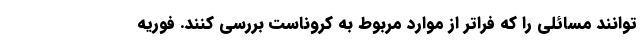
توانند مسائلی را که فراتر از موارد مربوط به کروناست بررسی کنند. فوریه